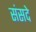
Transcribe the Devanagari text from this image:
संसदे